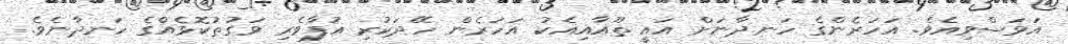
އަވަސްވިއެވެ. އަހަރެންގެ ހަނދާނަށް އައީ ތޫއާއިއެކު އަހަރެން ހޭދަކުރި އުފާވެރި ވަގުތުކޮޅެއްގެ ހަނދާނެވެ.